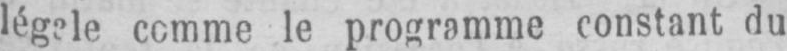
le programme constant du